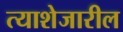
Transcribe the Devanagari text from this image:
त्याशेजारील